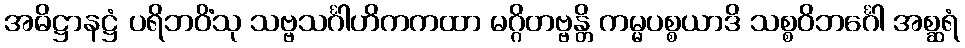
အဓိဋ္ဌာနဋ္ဌံ ပရိဘဝိံသု သဗ္ဗသင်္ဂါဟိကကထာ မဂ္ဂိတဗ္ဗန္တိ ကမ္မပစ္စယာဒိ သစ္စဝိဘင်္ဂေါ အစ္ဆရံ